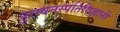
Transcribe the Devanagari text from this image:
पुरावनस्पतिविज्ञानी